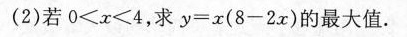
(2) 若0<x<4,求y=x(8-2x)的最大值.